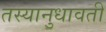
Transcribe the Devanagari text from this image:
तस्यानुधावती